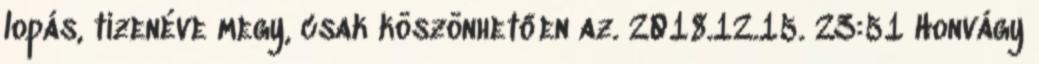
lopás, tizenéve megy, csak köszönhetően az. 2018.12.15. 23:51 Honvágy